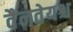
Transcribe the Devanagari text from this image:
वैनतेयश्च